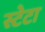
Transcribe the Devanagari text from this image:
स्टेटा